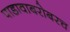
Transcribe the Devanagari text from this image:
पाडावाबरोबरच